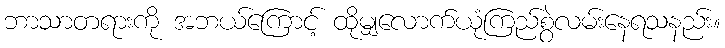
ဘာသာတရားကို အဘယ်ကြောင့် ထိုမျှလောက်ယုံကြည်စွဲလမ်းနေရသနည်း။